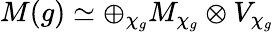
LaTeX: M(g)\simeq\oplus_{\chi_{g}}M_{\chi_{g}}\otimes V_{\chi_{g}}